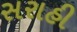
સરાહી